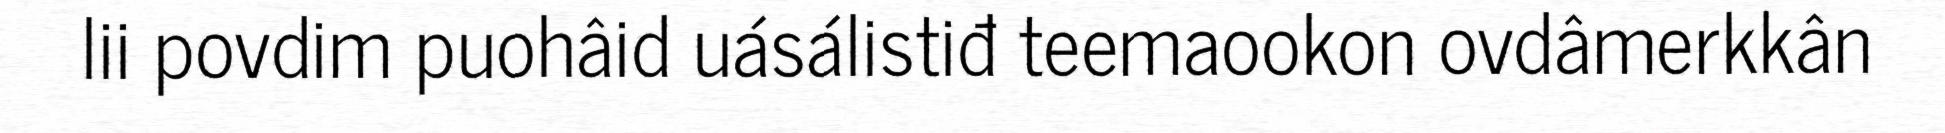
lii povdim puohâid uásálistiđ teemaookon ovdâmerkkân